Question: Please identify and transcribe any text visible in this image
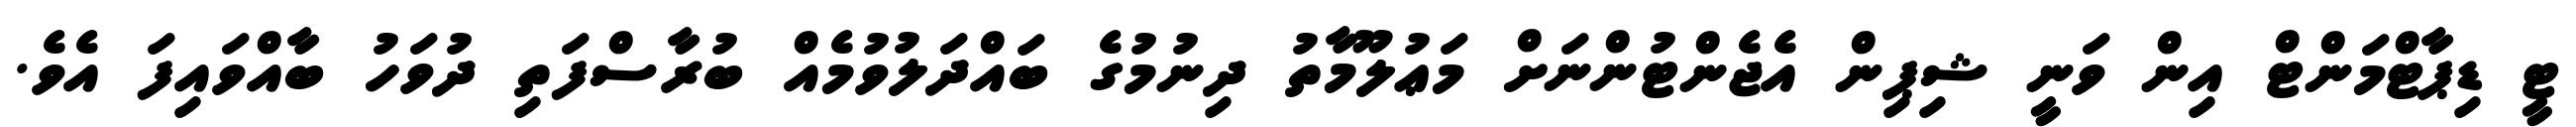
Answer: ޓީ ޑިޕާޓްމަންޓް އިން ވަނީ ޝިޕިން އެޖެންޓުންނަށް މަޢުލޫމާތު ދިނުމުގެ ބައްދަލުވުމެއް ބުރާސްފަތި ދުވަހު ބާއްވައިފަ އެވެ.